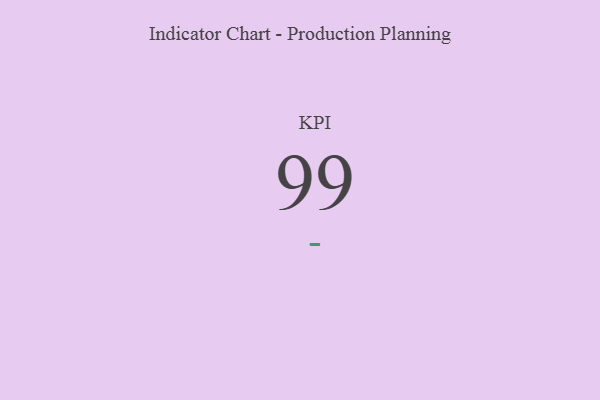
{"axis": {"x": "KPI", "y": "Value"}, "legend": [""], "data": [{"x": "KPI", "y": 99, "type": ""}]}